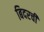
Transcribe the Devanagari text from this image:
बिदरची